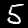
Digit: 5